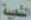
الشعبية